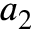
a _ { 2 }